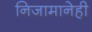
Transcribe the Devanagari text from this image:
निजामानेही